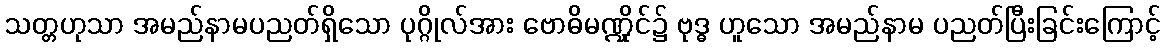
သတ္တဟုသာ အမည်နာမပညတ်ရှိသော ပုဂ္ဂိုလ်အား ဗောဓိမဏ္ဍိုင်၌ ဗုဒ္ဓ ဟူသော အမည်နာမ ပညတ်ပြီးခြင်းကြောင့်